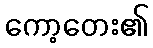
ကော့တေး၏